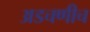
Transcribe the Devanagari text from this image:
अडचणीच